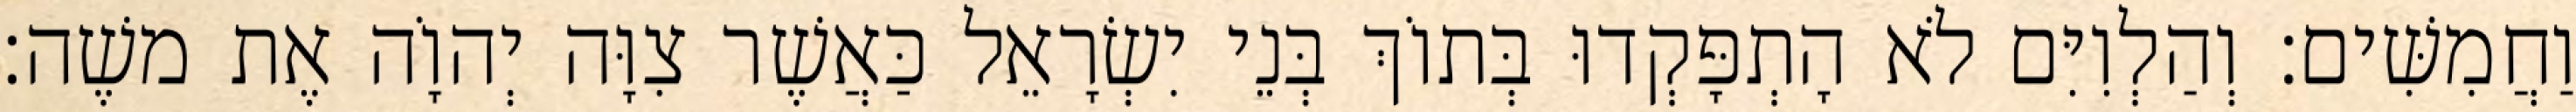
וַחֲמִשִּׁים׃ וְהַלְוִיִּם לֹא הָתְפָּקְדוּ בְּתוֹךְ בְּנֵי יִשְׂרָאֵל כַּאֲשֶׁר צִוָּה יְהוָֹה אֶת משֶׁה׃